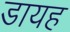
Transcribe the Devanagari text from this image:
डायह